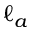
\ell _ { a }